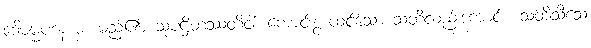
ဒေါဓမ္မပဒံနာမ၊ မည်၏။ သုပဋ္ဌိတဿတိဝါ၊ ကောင်းစွာထင်သော သတိလည်းကောင်း။ သတိသီသေ